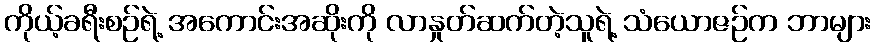
ကိုယ့်ခရီးစဉ်ရဲ့ အကောင်းအဆိုးကို လာနှုတ်ဆက်တဲ့သူရဲ့ သံယောဇဉ်က ဘာများ